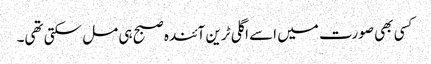
کسی بھی صورت میں اسے اگلی ٹرین آئندہ صبح ہی مل سکتی تھی۔